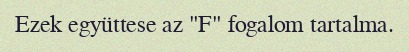
Ezek együttese az "F" fogalom tartalma.